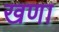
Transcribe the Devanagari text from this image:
खणा